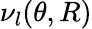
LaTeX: \nu_{l}(\theta,R)